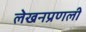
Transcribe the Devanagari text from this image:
लेखनप्रणली